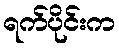
ရက်ပိုင်းက